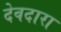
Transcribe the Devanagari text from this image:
देवदारा